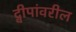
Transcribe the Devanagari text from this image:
द्वीपांवरील